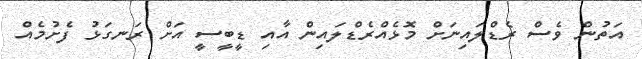
އަތުން ވެސް ރެޑްލައިނަށް މޮޅެއްރެޑްލައިން އާއި ޑީބީސީ އަށް ރަނގަޅު ފެށުމެއް